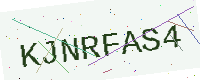
Text: KJNRFAS4